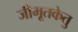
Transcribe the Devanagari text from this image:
जीमूतकेतु